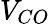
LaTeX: V_{CO}